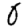
Digit: 0